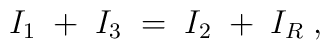
I_1 \; + \; I_3 \; = \; I_2 \; + \; I_R \; ,